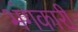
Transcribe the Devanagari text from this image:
भंगकारी